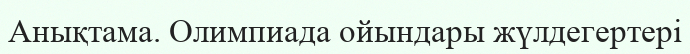
Анықтама. Олимпиада ойындары жүлдегертері